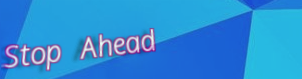
Stop Ahead